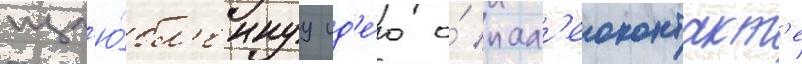
изл'ю́бл'еннуу ид'е́ю о́ пал'еоконтакт'е